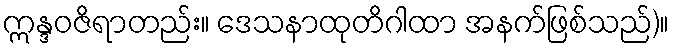
ဣန္ဒဝဇိရာတည်း။ ဒေသနာထုတိဂါထာ အနက်ဖြစ်သည်)။